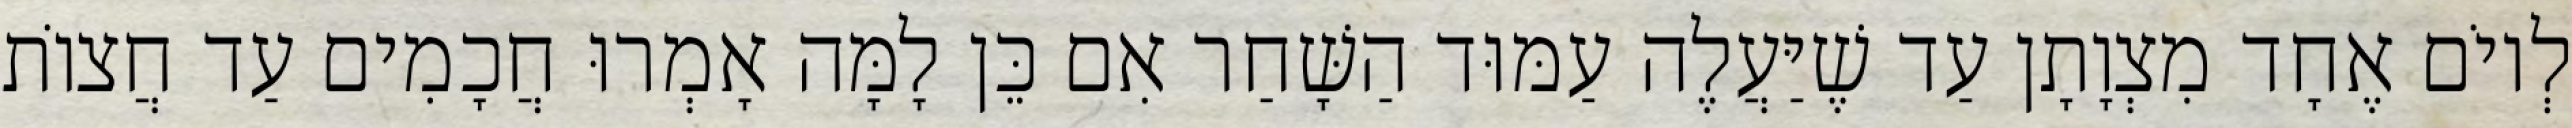
לְיוֹם אֶחָד מִצְוָתָן עַד שֶׁיַּעֲלֶה עַמּוּד הַשָּׁחַר אִם כֵּן לָמָּה אָמְרוּ חֲכָמִים עַד חֲצוֹת